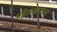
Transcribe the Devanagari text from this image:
पहेलवानाला